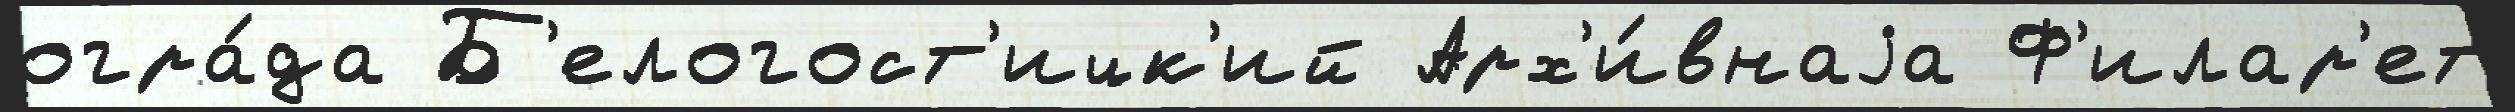
огра́да Б'елогост'ицк'ий Арх'и́внаjа Ф'илар'ет